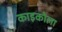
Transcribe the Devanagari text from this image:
काइकोला